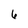
Character: 6